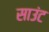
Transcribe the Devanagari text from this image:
साउंट